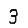
Digit: 3